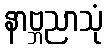
နာဗ္ဘညာသုံ